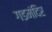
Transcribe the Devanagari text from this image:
गडमंदिर